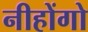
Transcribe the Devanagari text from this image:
नीहोंगो